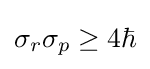
\sigma _{r}\sigma _{p}\geq 4\hbar